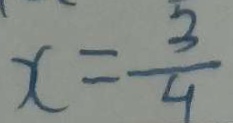
x = \frac { 3 } { 4 }